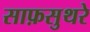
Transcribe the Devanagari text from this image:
साफ़सुथरे